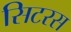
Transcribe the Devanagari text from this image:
सिटरस